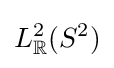
L_{\mathbb {R} }^{2}(S^{2})